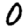
Digit: 0